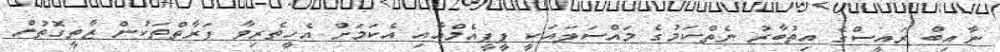
ނާއިބް ރައީސްގެ އިތުބާރު ނެތްކަމުގެ މައްސަލައަކީ ޕީޕީއެމްއާއި އެކަމަށް އެހީތެރިވާ ފަރާތްތަކުން ޒާތީގޮތުން